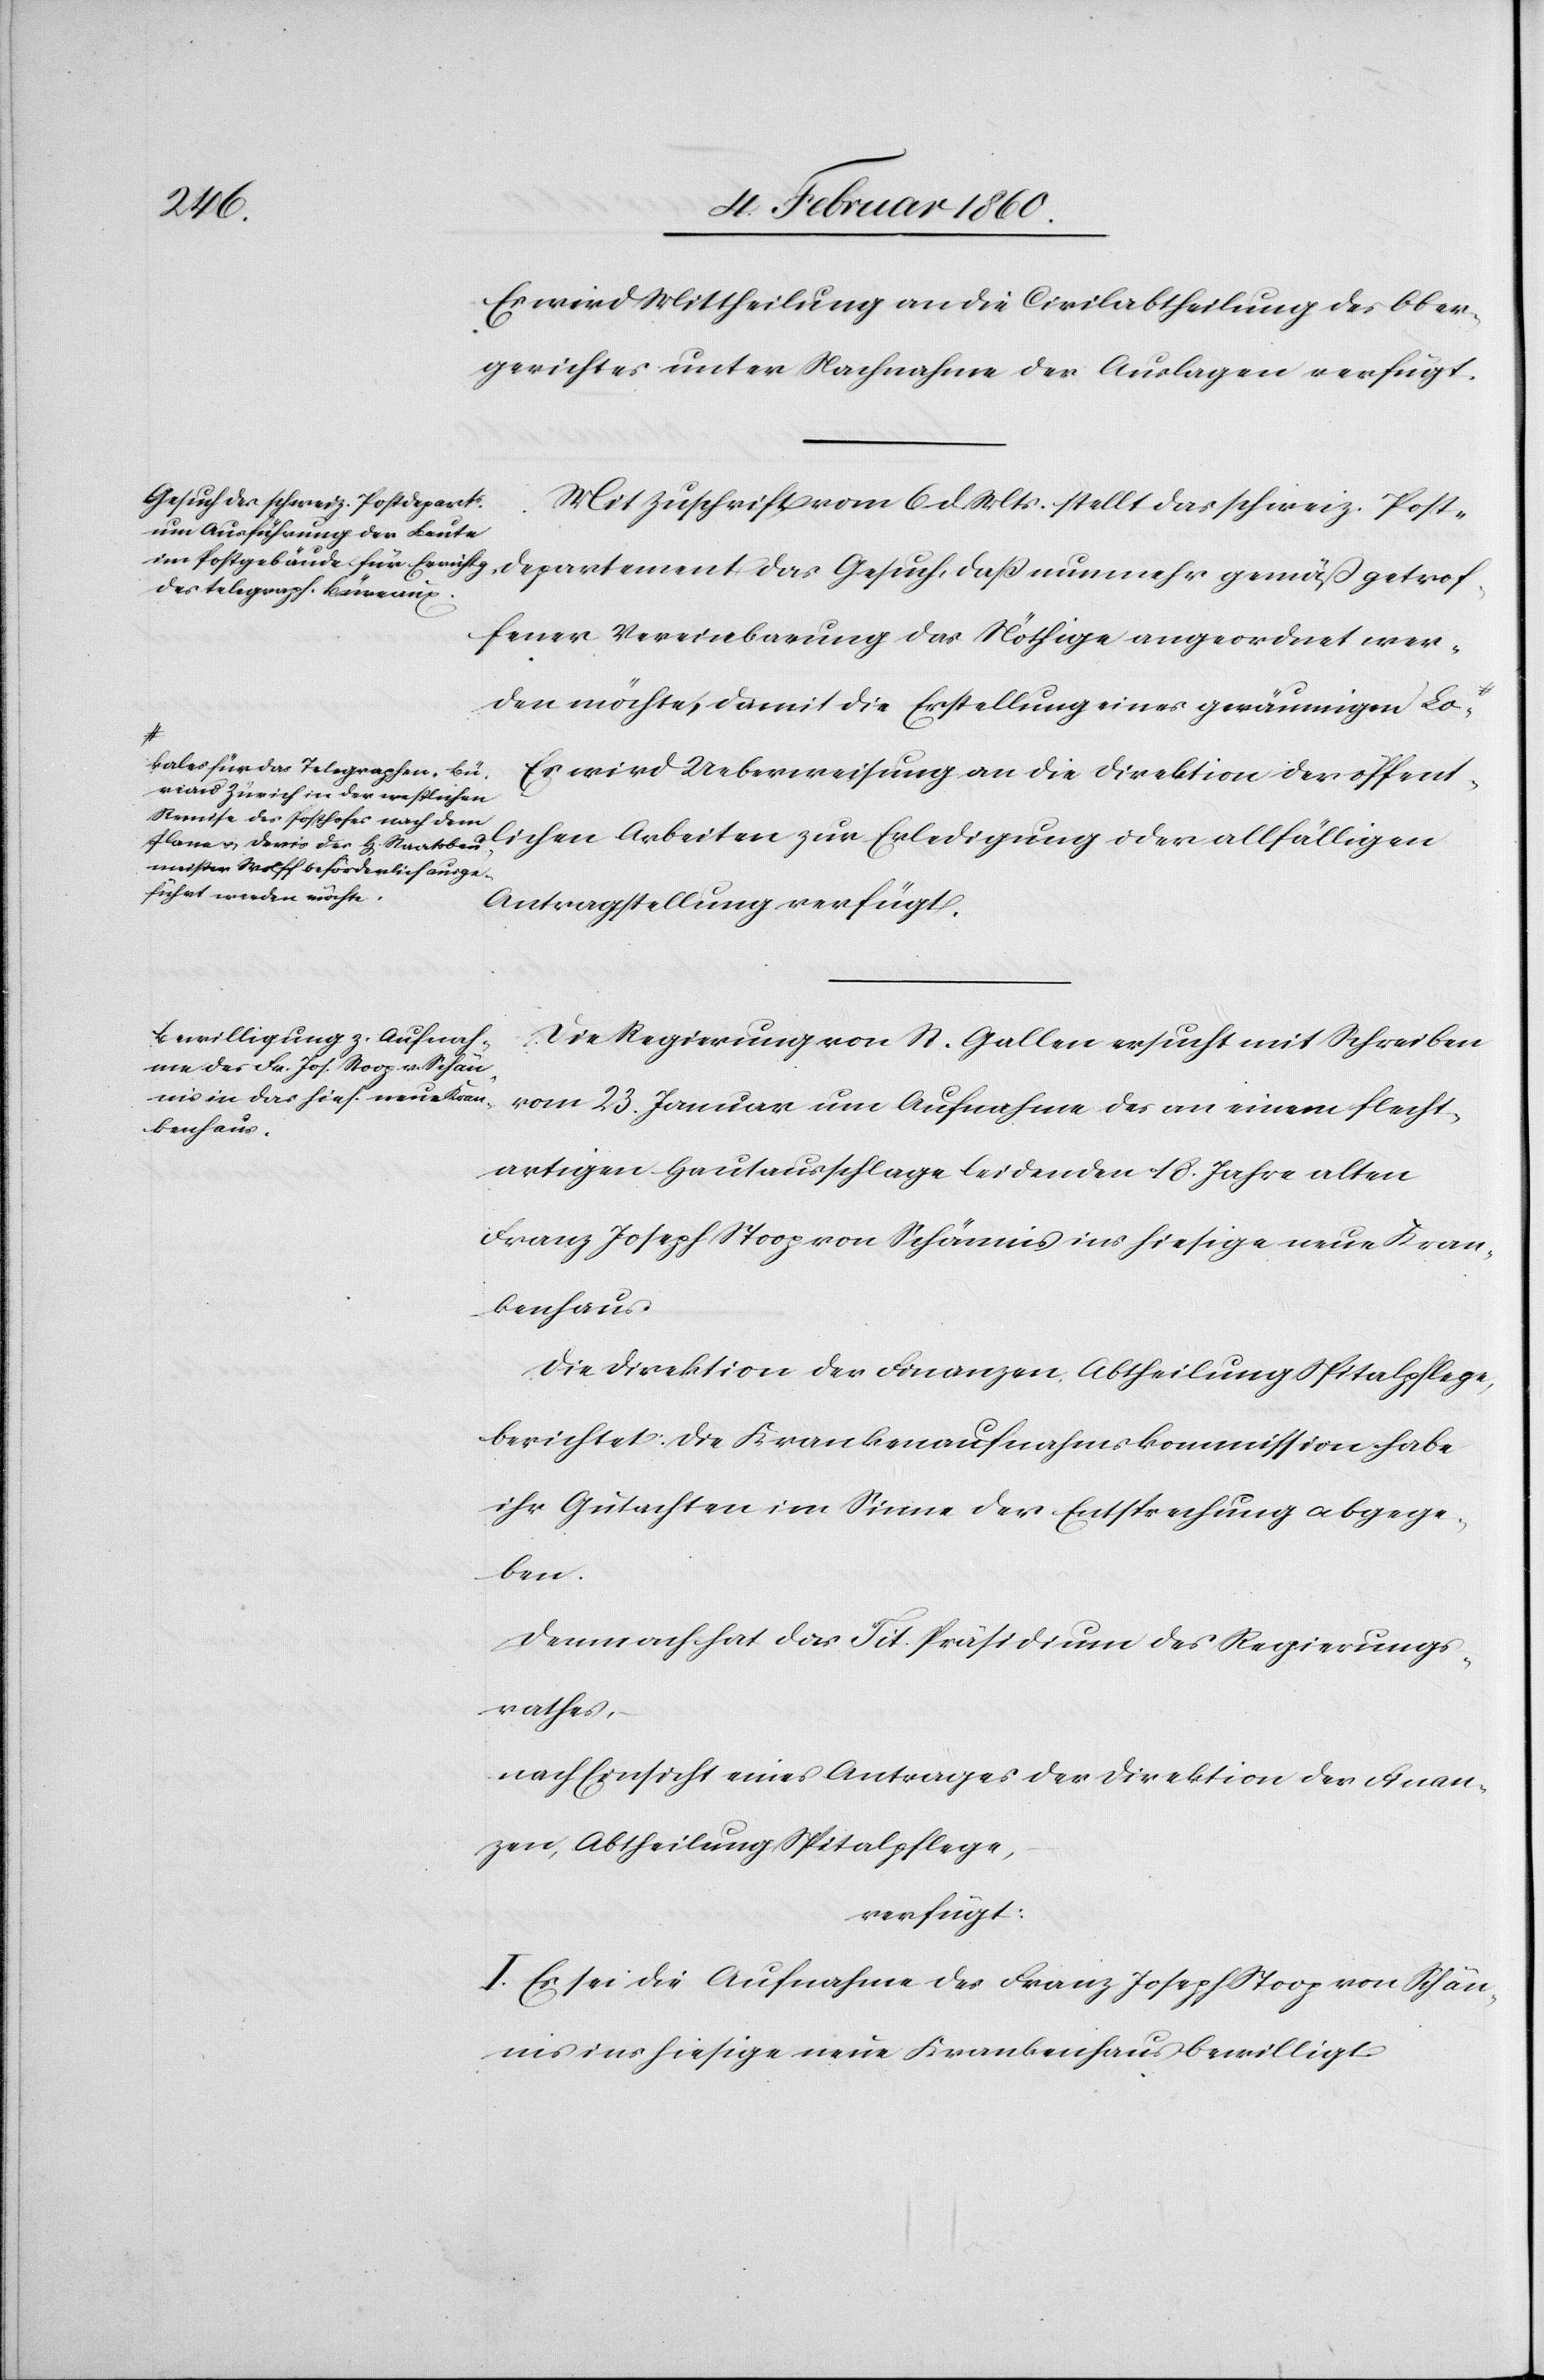
lichen
7. Februar 1860.]
Es wird Mittheilung an die Civilabtheilung des Ober¬
gerichtes unter Nachnahme der Auslagen verfügt.
Mit Zuschrift vom 6. d. Mts. stellt das schweiz. Post¬
departement das Gesuch, dass nunmehr gemäss getrof¬
fener Vereinbarung das Nöthige angeordnet wer¬
den möchte, damit die Erstellung eines geräumigen Lo-
a-kales für das Telegraphen-Bü¬
Es wird Ueberweisung an die Direktion der öffent¬
reau Zürich in der westlichen
Remise des Posthofes nach dem
umeister Wolff beförderlich ausge¬
führt werden möchte.-a
Antragstellung verfügt.
Die Regierung von St. Gallen ersucht mit Schreiben
vom 23. Januar um Aufnahme des an einem flecht¬
artigen Hautausschlages leidenden 18. Jahre alten
Franz Joseph Stoop von Schänis ins hiesige neue Kran¬
kenhaus.
Die Direktion der Finanzen Abtheilung Spitalpflege,
berichtet: die Krankenaufnahmskommission habe
ihr Gutachten im Sinne der Entsprechung abgege¬
ben.
Demnach hat das Tit. Präsidium des Regierungs¬
rathes,
nach Einsicht eines Antrages der Direktion der Finan¬
zen, Abtheilung Spitalpflege,
verfügt:
I. Es sei die Aufnahme des Franz Joseph Stoop von Schän¬
is ins hiesige neue Krankenhaus bewilligt.